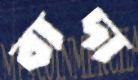
বাদা